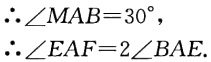
\(\therefore\angle MAB = 30^{\circ},\)
\(\therefore\angle EAF = 2\angle BAE.\)